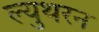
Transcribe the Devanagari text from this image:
ल्युथरन